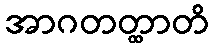
အာဂတတ္ထာတိ